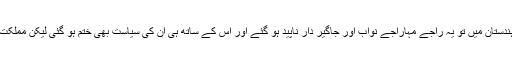
انگریز کے ہندوستان سے راج چھوڑ کر کوچ کر جانے کے بعد ہندستان میں تو یہ راجے مہاراجے نواب اور جاگیر دار ناپید ہو گئے اور اس کے ساتھ ہی ان کی سیاست بھی ختم ہو گئی لیکن مملکتِ خدا دادِ پاکستان میں انگریز کا قائم کیا نظام جوں کا توں رائج رہا۔